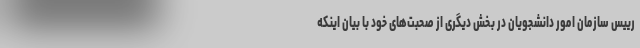
رییس سازمان امور دانشجویان در بخش دیگری از صحبت‌های خود با بیان اینکه